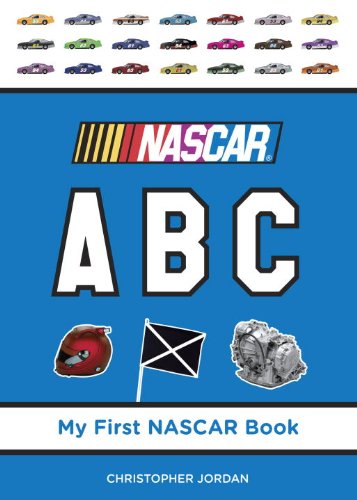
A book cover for NASCAR ABC (My First NASCAR Racing Series); Christopher Jordan; Children's Books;